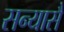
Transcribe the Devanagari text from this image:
सन्यासै